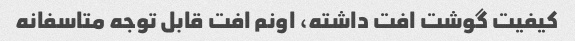
کیفیت گوشت افت داشته، اونم افت قابل توجه متاسفانه